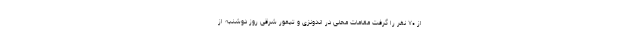
از ۷۰ نفر را گرفت مقامات محلی در اندونزی و تیمور شرقی روز دوشنبه از